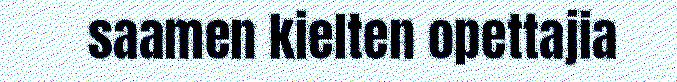
saamen kielten opettajia